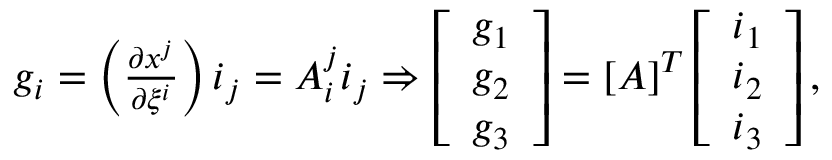
\begin{array} { r } { \boldsymbol { g _ { i } } = \left( \frac { \partial x ^ { j } } { \partial \xi ^ { i } } \right) \boldsymbol { i _ { j } } = A _ { i } ^ { j } \boldsymbol { i _ { j } } \Rightarrow \left[ \begin{array} { l } { \boldsymbol { g _ { 1 } } } \\ { \boldsymbol { g _ { 2 } } } \\ { \boldsymbol { g _ { 3 } } } \end{array} \right] = \left[ \boldsymbol { A } \right] ^ { T } \left[ \begin{array} { l } { \boldsymbol { i _ { 1 } } } \\ { \boldsymbol { i _ { 2 } } } \\ { \boldsymbol { i _ { 3 } } } \end{array} \right] , } \end{array}